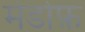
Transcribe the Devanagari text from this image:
मेडोफ़